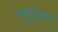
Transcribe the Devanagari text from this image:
फ्लुड्स